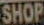
SHOP